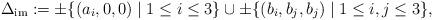
LaTeX: \begin{align*}\Delta_{\rm im} := \pm \{(a_i, 0, 0) \mid 1 \le i \le 3\} \cup \pm \{ (b_i,b_j,b_j) \mid 1\le i,j \le 3\}, \end{align*}